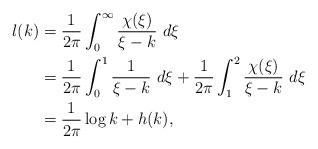
LaTeX: \begin{align*}l(k) &= \frac1{2\pi}\int_0^{\infty}\frac{\chi(\xi)}{\xi-k}~d\xi\\&= \frac{1}{2\pi}\int_0^1\frac{1}{\xi-k}~d\xi + \frac1{2\pi}\int_1^2\frac{\chi(\xi)}{\xi-k}~d\xi\\&= \frac1{2\pi}\log k + h(k),\end{align*}